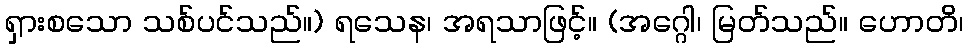
ရှားစသော သစ်ပင်သည်။) ရသေန၊ အရသာဖြင့်။ (အဂ္ဂေါ၊ မြတ်သည်။ ဟောတိ၊